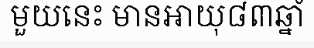
មួយនេះ មានអាយុ៨៣ឆ្នាំ